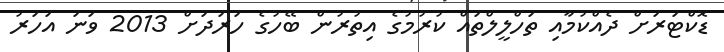
ޑޮކްޓަރަށް ދެއްކުމާއި ތަހްލީލްތައް ކުރުމުގެ އިތުރުން ބޭހުގެ ހަރަދަށް 2013 ވަނަ އަހަރު